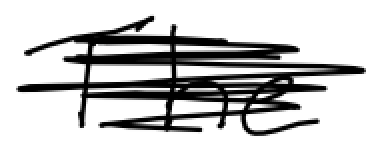
Text: The
Cross-out: mix
Writing tool: digital_black